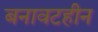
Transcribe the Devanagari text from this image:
बनावटहीन